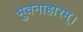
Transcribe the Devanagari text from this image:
भुवनाहारम्‌।